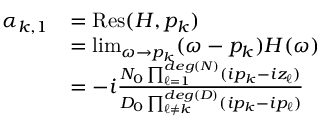
\begin{array} { r } { \begin{array} { r l } { \alpha _ { k , 1 } } & { = \mathrm { R e s } ( H , p _ { k } ) } \\ & { = \operatorname* { l i m } _ { \omega \rightarrow p _ { k } } ( \omega - p _ { k } ) H ( \omega ) } \\ & { = - i \frac { N _ { 0 } \prod _ { \ell = 1 } ^ { d e g ( N ) } ( i p _ { k } - i z _ { \ell } ) } { D _ { 0 } \prod _ { \ell \neq k } ^ { d e g ( D ) } ( i p _ { k } - i p _ { \ell } ) } } \end{array} } \end{array}